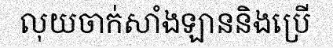
លុយចាក់សាំងឡាននិងប្រើ